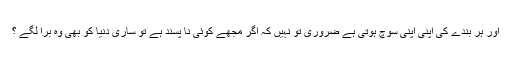
اور ہر بندے کی اپنی اپنی سوچ ہوتی ہے ضروری تو نہیں کہ اگر مجھے کوئی نا پسند ہے تو ساری دنیا کو بھی وہ برا لگے ؟